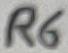
Text: R6